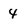
Character: 4